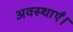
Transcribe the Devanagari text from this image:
अवस्थाएँ।